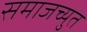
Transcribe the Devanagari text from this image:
समाजच्युत